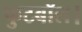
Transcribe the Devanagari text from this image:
फुटबॉल।